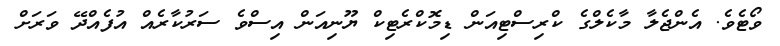
ވޯޓެވެ. އެންޖެލާ މާކެލްގެ ކްރިސްޓިއަން ޑިމޮކްރެޓިކް ޔޫނިއަން އިސްވެ ސަރުކާރެއް އުފެއްދޭ ވަރަށް